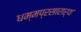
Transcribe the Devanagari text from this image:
धम्मप्रसारार्थ